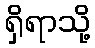
ရှိရာသို့